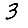
Digit: 3